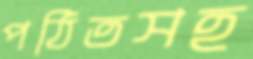
পঠিতসহ